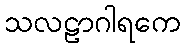
သလဠာဂါရကေ